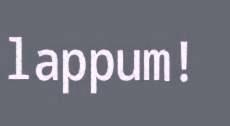
lappum!